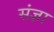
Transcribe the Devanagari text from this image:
संंज्ञा